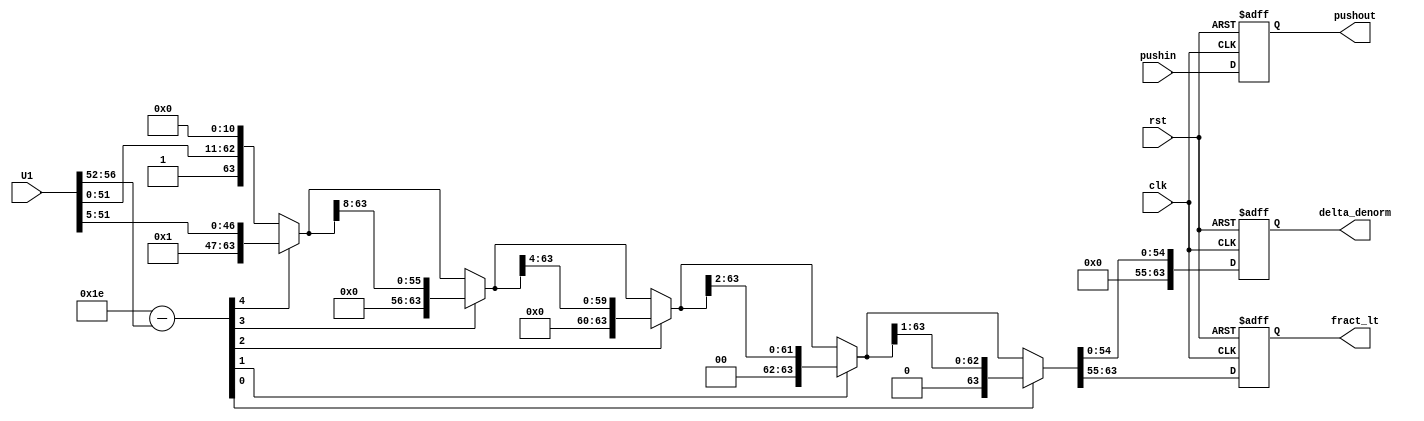


module denorm (U1,clk,rst,pushin,pushout,delta_denorm,fract_lt);
       
parameter fpw = 63;
parameter [fpw:0] zero=0;
parameter size=8;


input [63:0] U1;
input clk;
input rst;
input pushin;
output [fpw:0] delta_denorm;
output [size:0] fract_lt;
output pushout;

reg signres;
reg [fpw:0] fract;
reg [10:0] exp;
reg [4:0] exp_denorm;

//reg [63:0] U1_a;
reg pushout_b;

reg [fpw:0] delta_denorm_b,delta_denorm_d;
reg [size:0] fract_lt_b,fract_lt_d;


assign delta_denorm=delta_denorm_b;
assign fract_lt = fract_lt_b;

assign pushout= pushout_b;




// always @(posedge clk or posedge rst) begin
//     if(rst==1) begin
//         U1_a      <= #1 0;
//         pushin_a  <= #1 0;
//     end else begin
//         U1_a      <= #1 U1;
//         pushin_a  <= #1 pushin;    
//     end
// end



always @(*) begin

signres = U1[63];
fract= {1'b1,U1[51:0],zero[fpw:53]};
exp=11'd1022-U1[62:52];


//********** Denormalization *************************//

exp_denorm=exp[4:0];

fract = (exp_denorm[4]) ? {16'b0,fract[fpw:16]} : {fract} ;
fract = (exp_denorm[3]) ? {8'b0,fract[fpw:8]} : {fract} ;
fract = (exp_denorm[2]) ? {4'b0,fract[fpw:4]} : {fract} ;
fract = (exp_denorm[1]) ? {2'b0,fract[fpw:2]} : {fract} ;
fract = (exp_denorm[0]) ? {1'b0,fract[fpw:1]} : {fract} ;


fract_lt_d = fract[fpw:fpw-size];
delta_denorm_d = {zero[fpw:fpw-size],fract[fpw-(size+1):0]};

//****************************************************//
end

always @(posedge clk or posedge rst) begin
    if(rst==1) begin
        delta_denorm_b      <= #1 0;
        fract_lt_b          <= #1 0;
        pushout_b           <= #1 0;
    end else begin
        delta_denorm_b      <= #1 delta_denorm_d;
        fract_lt_b          <= #1 fract_lt_d;
        pushout_b           <= #1 pushin;
    end
end

endmodule